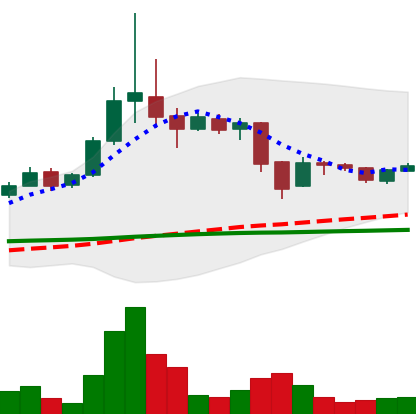
Ticker: BTC-USD
Chart end date: 2015-11-17
Forward return: -3.151%
Label: down_3_5